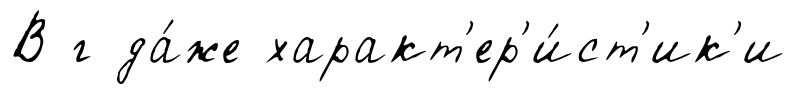
В г да́же характ'ер'и́ст'ик'и